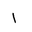
Letter: _alif